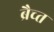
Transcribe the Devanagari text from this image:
ब्रैच्त